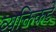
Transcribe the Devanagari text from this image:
व्यक्तिकडे